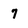
Character: 7